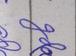
Signature authenticity: forged